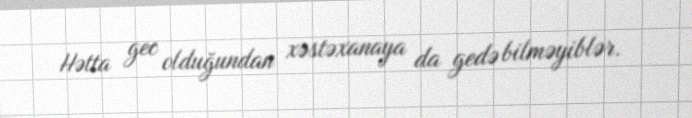
Hətta gec olduğundan xəstəxanaya da gedə bilməyiblər.